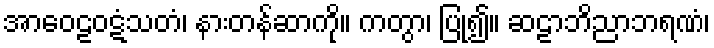
အာဝေဠဝဋံသတံ၊ နားတန်ဆာကို။ ကတွာ၊ ပြု၍။ ဆဠာဘိညာဘရဏံ၊